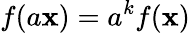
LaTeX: f(a\mathbf{x})=a^{k}f(\mathbf{x})